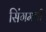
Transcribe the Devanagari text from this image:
सिंगमची